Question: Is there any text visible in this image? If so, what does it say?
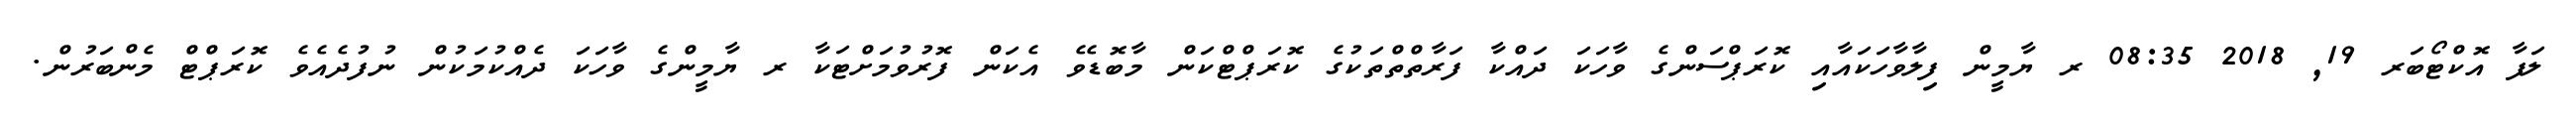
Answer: ލަފާ އޮކްޓޯބަރ 19, 2018 08:35 ރ ޔާމީން ފިލާވާހަކައާއި ކޮރަޕްސަންގެ ވާހަކަ ދައްކާ ފަރާތްތްތަކުގެ ކޮރަޕްޓްކަން މާބޮޑެވެ އެކަން ފޮރުވުމަށްޓަކާ ރ ޔާމީންގެ ވާހަކަ ދެއްކުމަކުން ނުފުދެއެވެ ކޮރަޕްޓް މެންބަރުން.